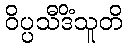
ဝိပ္ပသီဒိံသူတိ